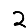
Digit: 2